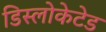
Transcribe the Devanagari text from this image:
डिस्लोकेटेड